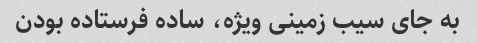
به جای سیب زمینی ویژه، ساده فرستاده بودن